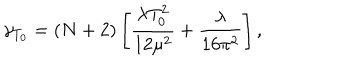
\gamma _ { T _ { 0 } } = ( N + 2 ) \left[ \frac { \lambda T _ { 0 } ^ { 2 } } { 1 2 \mu ^ { 2 } } + \frac { \lambda } { 1 6 \pi ^ { 2 } } \right] ,